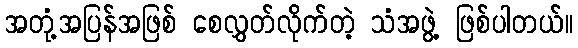
အတုံ့အပြန်အဖြစ် စေလွှတ်လိုက်တဲ့ သံအဖွဲ့ ဖြစ်ပါတယ်။